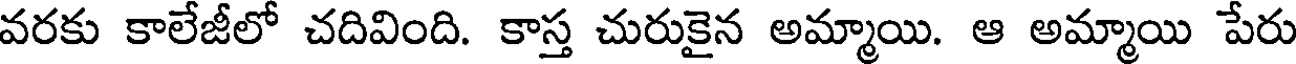
వరకు కాలేజీలో చదివింది. కాస్త చురుకైన అమ్మాయి. ఆ అమ్మాయి పేరు